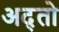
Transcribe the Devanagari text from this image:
अद्तो